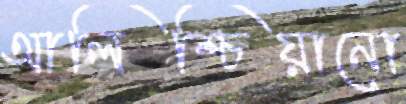
আলিশ্চিয়ানো